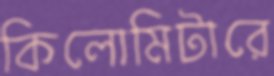
কিলোমিটারে